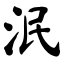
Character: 泯